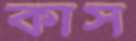
কাস